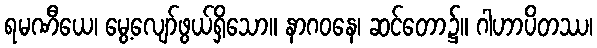
ရမဏီယေ၊ မွေ့လျော်ဖွယ်ရှိသော။ နာဂဝနေ၊ ဆင်တော၌။ ဂါဟာပိတဿ၊